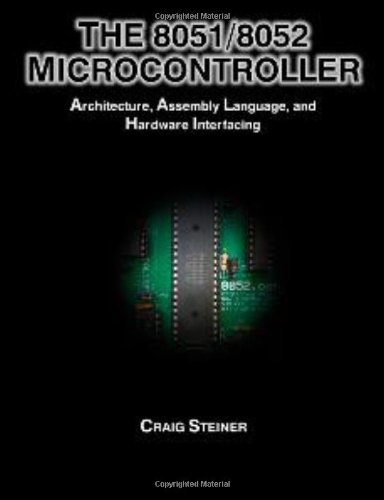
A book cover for The 8051/8052 Microcontroller: Architecture, Assembly Language, and Hardware Interfacing; Craig Steiner; Computers & Technology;